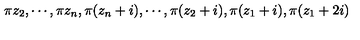
\pi z _ { 2 } , \cdots , \pi z _ { n } , \pi ( z _ { n } + i ) , \cdots , \pi ( z _ { 2 } + i ) , \pi ( z _ { 1 } + i ) , \pi ( z _ { 1 } + 2 i )